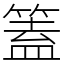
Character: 篕